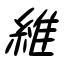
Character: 維